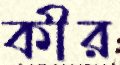
কীর